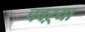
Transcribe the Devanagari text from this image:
चवऱ्या